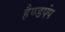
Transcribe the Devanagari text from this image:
हैण्डपंप